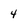
Character: 4